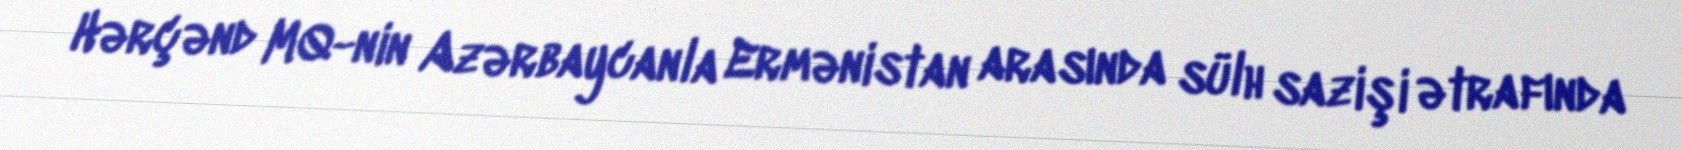
Hərçənd MQ-nin Azərbaycanla Ermənistan arasında sülh sazişi ətrafında